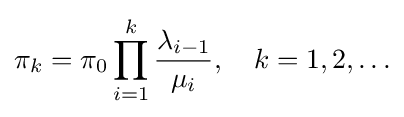
\pi _{k}=\pi _{0}\prod _{i=1}^{k}{\frac {\lambda _{i-1}}{\mu _{i}}},\quad k=1,2,\ldots